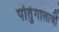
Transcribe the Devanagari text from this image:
पोर्तुगालाची